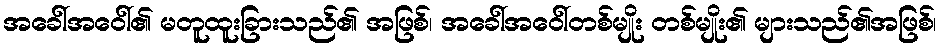
အခေါ်အဝေါ်၏ မတူထူးခြားသည်၏ အဖြစ်၊ အခေါ်အဝေါ်တစ်မျိုး တစ်မျိုး၏ များသည်၏အဖြစ်၊